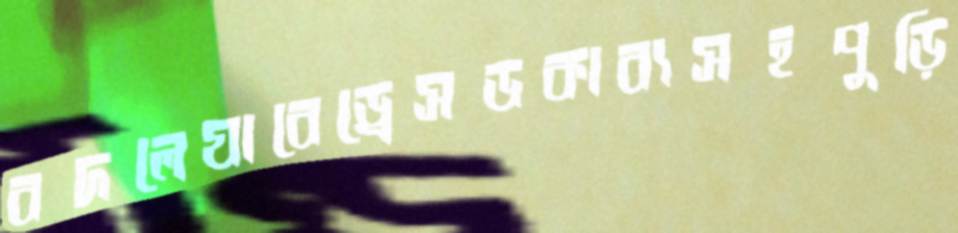
বদলেযাবেড্রেসডকাব্যসহপুড়ি